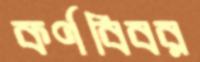
কর্ণবিবর